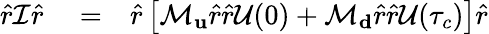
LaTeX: \begin{array}{rlr}{\hat{r}\mathcal{I}\hat{r}}&{{}=}&{\hat{r}\left[\mathcal{M}_{\mathbf u}\hat{r}\hat{r}\mathcal{U}(0)+\mathcal{M}_{\mathbf d}\hat{r}\hat{r}\mathcal{U}(\tau_{c})\right]\hat{r}}\end{array}